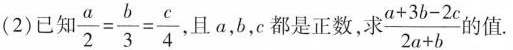
(2)已$$\frac { a } { 2 } = \frac { b } { 3 } = \frac { c } { 4 }$$，且a，b，c都是正数，求$$\frac { a + 3 b - 2 c } { 2 a + b }$$的值.